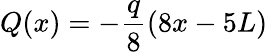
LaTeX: Q(x)=-{\frac{q}{8}}(8x-5L)